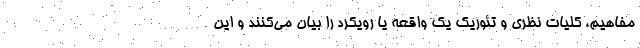
مفاهیم، کلیات نظری و تئوریک یک واقعه یا رویکرد را بیان می‌کنند و این